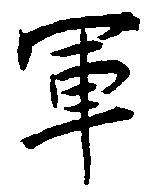
軍